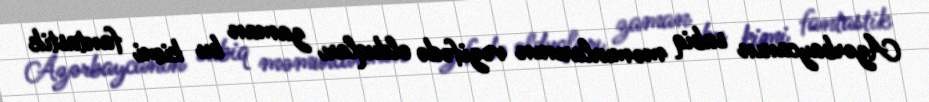
Azərbaycanın sabiq məmurlarının vəzifədə olduqları zaman bu kimi fantastik